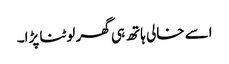
اسے خالی ہاتھ ہی گھر لوٹنا پڑا۔